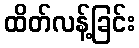
ထိတ်လန့်ခြင်း